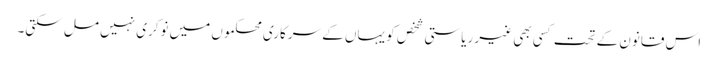
اس قانون کے تحت کسی بھی غیر ریاستی شخص کو یہاں کے سرکاری محکموں میں نوکری نہیں مل سکتی۔